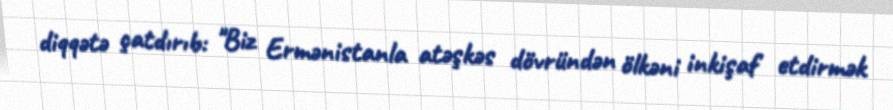
diqqətə çatdırıb: "Biz Ermənistanla atəşkəs dövründən ölkəni inkişaf etdirmək